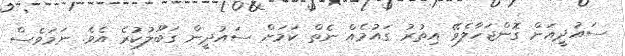
ސައުދީއަށް ގޮންޖަހާލެވޭ އިތުރު ގައުމެއް ނެތް ކަމަށް ސައުދީން ގަބޫލުކުރެ އެވެ. ނަމަވެސް